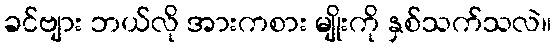
ခင်ဗျား ဘယ်လို အားကစား မျိုးကို နှစ်သက်သလဲ။